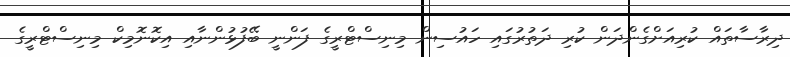
ދިރާސާތައް ކުރިއަށްގެންދަން ކުރި ދަތުރުގައި ހައުސިން މިނިސްޓްރީގެ ފަންނީ ބޭފުޅުންނާއި އިކޮނޮމިކް މިނިސްޓްރީގެ